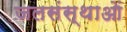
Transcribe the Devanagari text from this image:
जलसंस्थाओं